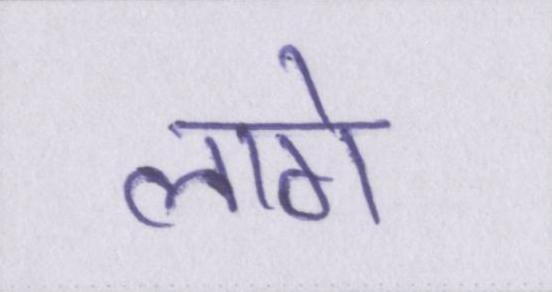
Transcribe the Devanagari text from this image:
लागे